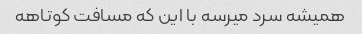
همیشه سرد میرسه با این که مسافت کوتاهه